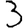
Digit: 3